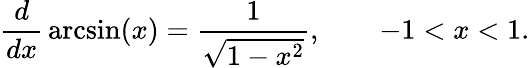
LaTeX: {\frac{d}{dx}}\arcsin(x)={\frac{1}{\sqrt{1-x^{2}}}},\qquad-1<x<1.